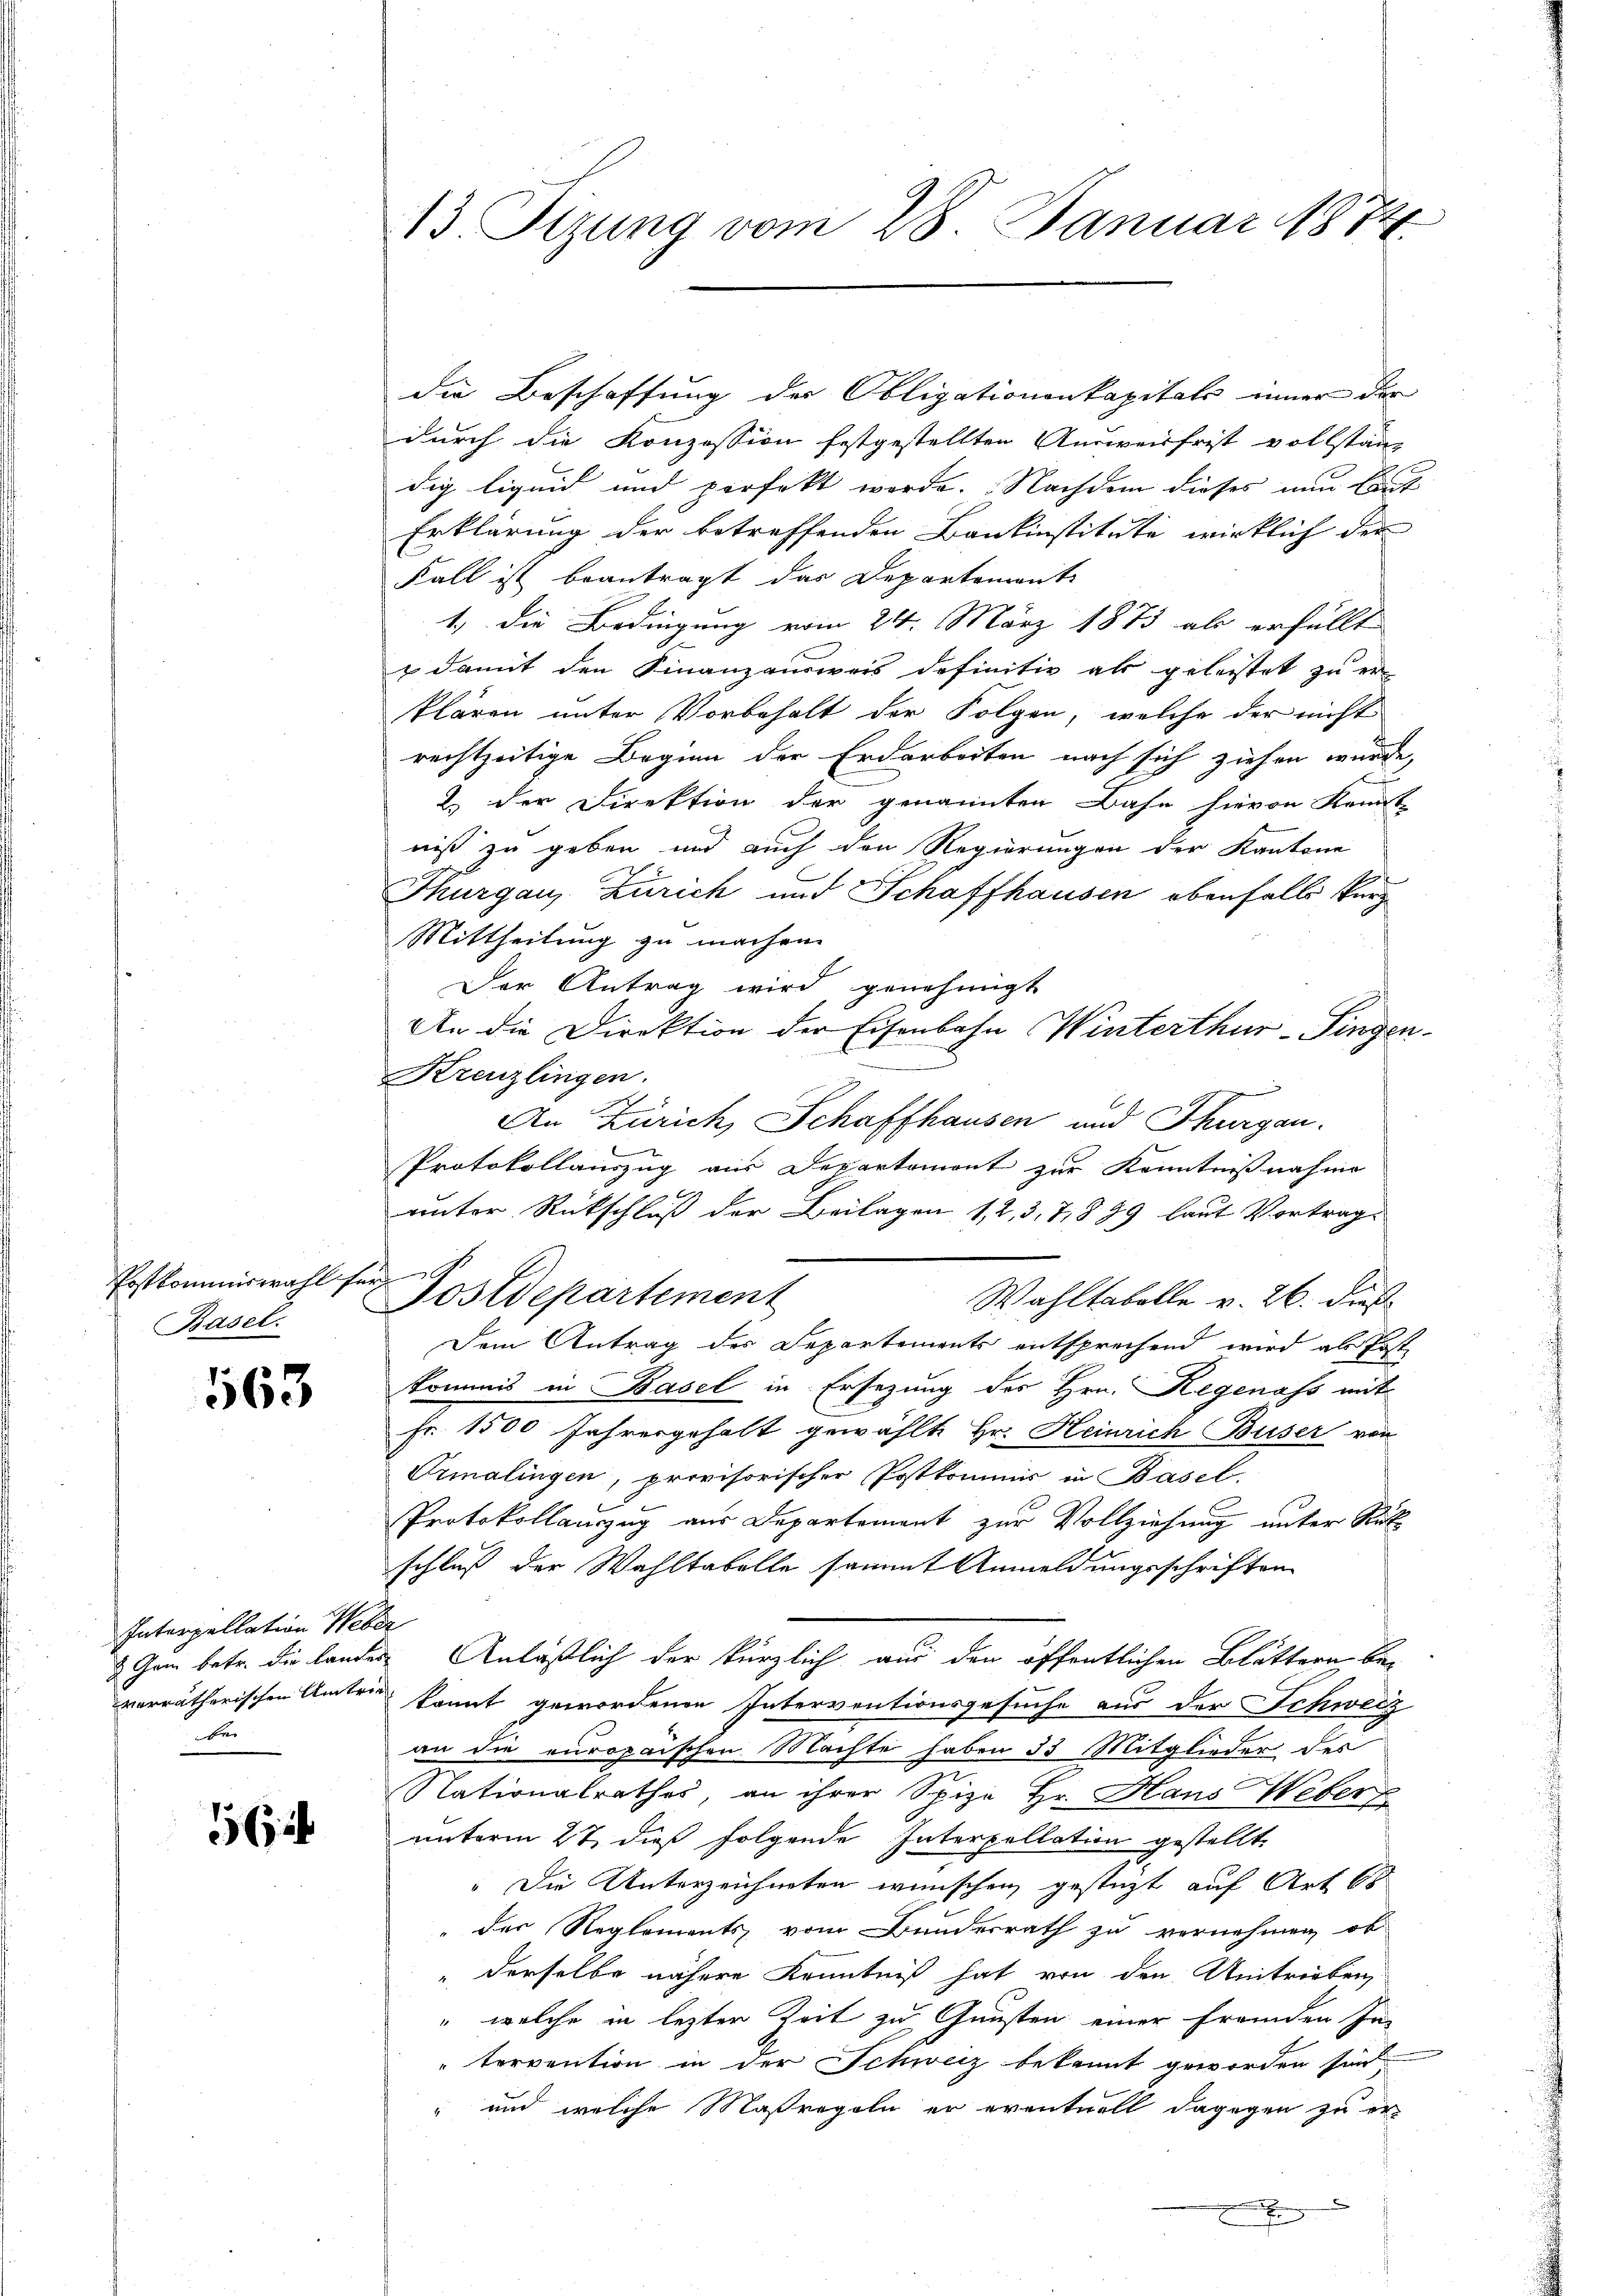
Erstkommiswahl für
Basel.

563

Interpellation Weber
ber

156

13 Sizung vom 28. Januar 1874.

Postdepartement

durch die Konzession festgestellten Ausweisfrist vollstanz
dig liquid und perfekt werde. Nachdem dieses nun bet
Erklärung der betreffenden Bankinstitute wirklich der
Fall ist beantragt das Departement
1.) Die Bedingung vom 24. März 1873 als erfüllt
 damit den Finanzausweis definitiv als geleistet zu er
klären unter Vorbehalt der Folgen, welche der nicht
rechtzeitige Beginn der Erdarbeiten nach sich ziehen wurde,
2) der Direktion der genannten Bahn hievon Kennt-
niß zu geben und auch den Regierungen der Kantone

Thurgau, Zürich und Schaffhausen ebenfalls kurz
Mittheilung zu machen.
Der Antrag wird genehmigt
An die Direktion der Eisenbahn Winterthur–Singen
Kreuzlingen.
An Zürich, Schaffhausen und Thurgau.
u
Protokollauszug aus Departemont zur Kenntnißnahme
unter Rückschluß der Beilagen 1, 2, 3, 7,899 laut Vortrage
Wahltabelle v. 26. dies
Dem Antrag des Departements entsprechend wird als Post
kommis in Basel in Ersezung des Hrn. Regenass mit
Fr. 1500 Jahresgehalt gewählte Hr. Heinrich Buser von
Vrmalingen, provisorischer Postkommis in Basel.
Protokollanzug aus Departement zur Vollziehung unter Rücke
schluß der Wahltabelle sammt Anmeldungeschriften
2 Ganz betr. die lander Anläßlich der kürzlich aus den öffentlichen Blättern bevorrätherischen Amtes kannt gewordenen Interventionsgesuche aus der Schweiz
an die europaischen Machte haben 33 Mitglieder des
Nationalrathes, an ihrer Spize Hr. Hans Weber
unterm 27. dieß folgende Interpellation gestellt.
" Die Unterzeichneten wünschen gestüzt auf Art 60
" der Reglements vom Bundesrath zu vernehmen, ob
" derselbe nähere Kenntniß hat von den Umtrieben,
" welche in lezter Zeit zu Gunsten einer fremden In-
tervention in der Schweiz bekannt geworden sind
und welche Maßregeln er eventuell dagegen zu er¬

E

die Beschaffung der Obligationenkapitals inner der